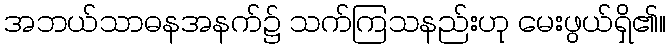
အဘယ်သာဓနအနက်၌ သက်ကြသနည်းဟု မေးဖွယ်ရှိ၏။